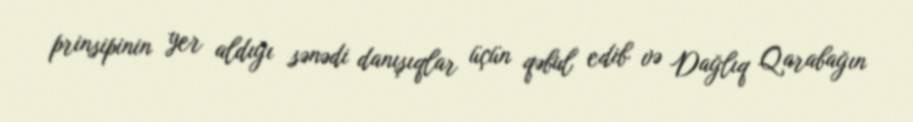
prinsipinin yer aldığı sənədi danışıqlar üçün qəbul edib və Dağlıq Qarabağın